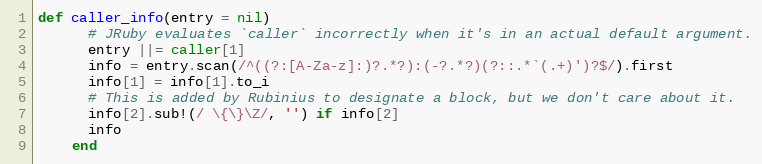
Language: Ruby
def caller_info(entry = nil)
      # JRuby evaluates `caller` incorrectly when it's in an actual default argument.
      entry ||= caller[1]
      info = entry.scan(/^((?:[A-Za-z]:)?.*?):(-?.*?)(?::.*`(.+)')?$/).first
      info[1] = info[1].to_i
      # This is added by Rubinius to designate a block, but we don't care about it.
      info[2].sub!(/ \{\}\Z/, '') if info[2]
      info
    end